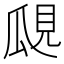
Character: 𤫽